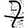
Digit: 7